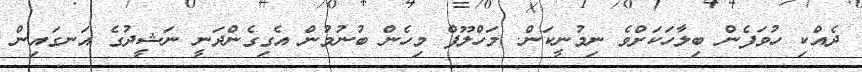
ދެއްކި ހުވަފެން ބިލާހަކަށްވެ ނިމުނީކަން. މަހްލޫފް މިހެން ބުނުމުން އެގިގެންދަނީ ނަޝީދުގެ އަނގައިން